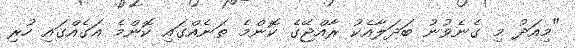
"މިއަދު މި ގެނެވުނު ބަދަލާއެކު ރާއްޖޭގެ ކޮންމެ ތަނެއްގައި ކޮންމެ އަގެއްގައި ހުރި